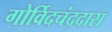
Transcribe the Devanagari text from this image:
गोर्विदचंद्रदास